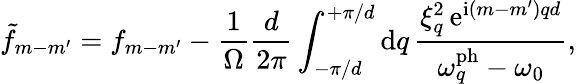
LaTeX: \tilde{f}_{m-m^{\prime}}=f_{m-m^{\prime}}-\frac{1}{\Omega}\frac{d}{2\pi}\int_{-\pi/d}^{+\pi/d}\mathrm{d}q\, \frac{\xi_{q}^{2}\, \mathrm{e}^{\mathrm{i}(m-m^{\prime})qd}}{\omega_{q}^{\mathrm{ph}}-\omega_{0}},